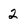
Character: 2